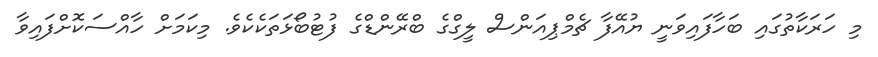
މި ހަރަކާތުގައި ބަހާފައިވަނީ ޔުއޭފާ ޗެމްޕިއަންސް ލީގްގެ ބްރޭންޑްގެ ފުޓުބޯޅަތަކެކެވެ. މިކަމަށް ހާއްސަކޮށްފައިވާ